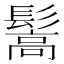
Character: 𩮘